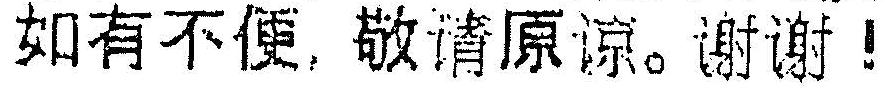
***